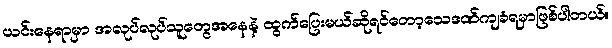
ယင်းနေရာမှာ အလုပ်လုပ်သူတွေအနေနဲ့ ထွက်ပြေးမယ်ဆိုရင်တော့သေဒဏ်ကျခံရမှာဖြစ်ပါတယ်။